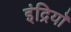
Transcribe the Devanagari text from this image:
इंद्रियॉ